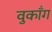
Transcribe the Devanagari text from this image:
वुकाँग